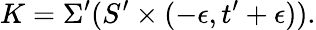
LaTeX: K=\Sigma^{\prime}(S^{\prime}\times(-\epsilon,t^{\prime}+\epsilon)).